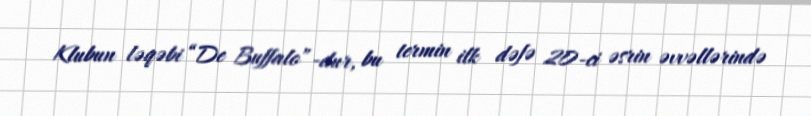
Klubun ləqəbi “De Buffalo”-dur, bu termin ilk dəfə 20-ci əsrin əvvəllərində